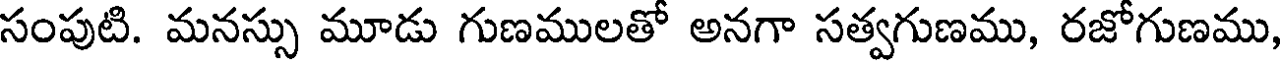
సంపుటి. మనస్సు మూడు గుణములతో అనగా సత్వగుణము, రజోగుణము,